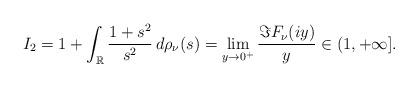
LaTeX: \begin{align*}I_{2}=1+\int_{\mathbb{R}}\frac{1+s^{2}}{s^{2}}\,d\rho_{\nu}(s)=\lim_{y\rightarrow0^{+}}\frac{\Im F_{\nu}(iy)}{y}\in(1,+\infty].\end{align*}